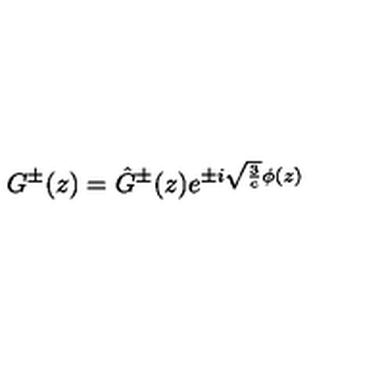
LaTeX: G ^ { \pm } ( z ) = \hat { G } ^ { \pm } ( z ) e ^ { \pm i { \sqrt { { \frac { 3 } { c } } } } \phi ( z ) }